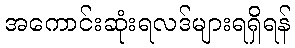
အကောင်းဆုံးရလဒ်များရရှိရန်